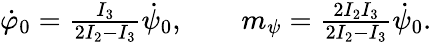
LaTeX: \begin{array}{r}{\dot{\varphi}_{0}=\frac{I_{3}}{2I_{2}-I_{3}}\dot{\psi}_{0},\qquad m_{\psi}=\frac{2I_{2}I_{3}}{2I_{2}-I_{3}}\dot{\psi}_{0}.}\end{array}